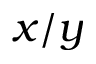
x / y